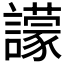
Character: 𧭊